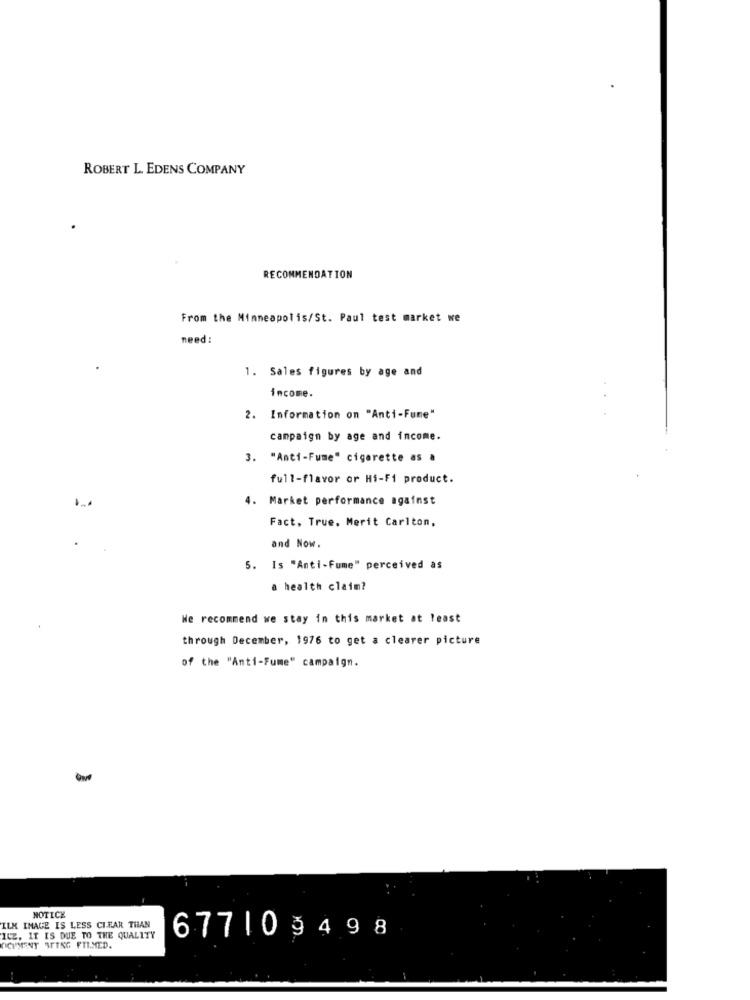
ROBERT L. EDENS COMPANY
RECOMMENDATION
From the Minneapolis/St. Paul test market we
need:
1. Sales figures by age and
income.
2. Information on "Anti-Fume"
campaign by age and income.
3. "Anti-Fume" cigarette as a
full-flavor or Hi-Fi product.
4. Market performance against
Fact. True, Merit Carlton,
and Now.
5. Is "Anti-Fume" perceived as
a health claim?
We recommend we stay in this market at least
through December, 1976 to get a clearer picture
of the "Anti-Fume" campaign.
NOTICE
ILM IMAGE IS LESS CIFAR THAN
ILZ. IT IS DUE TO THE QUALITY
67710 9498
OCHMEENT STING FTIMED.